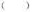
（）